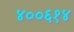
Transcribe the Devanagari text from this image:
४००६१४